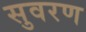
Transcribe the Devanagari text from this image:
सुवरण